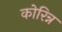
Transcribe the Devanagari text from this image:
कोरिन्न